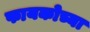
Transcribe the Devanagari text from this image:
फायकोच्या